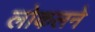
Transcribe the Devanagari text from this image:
लोकलने